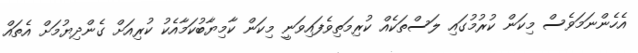
އެހެންނަމަވެސް މިކަން ކުރުމުގައި ލަސްތަކެއް ކުރިމަތިވެފައިވަނީ މިކަން ކާމިޔާބުކަމާއެކު ކުރިއަށް ގެންދިޔުމަށް އެތައް